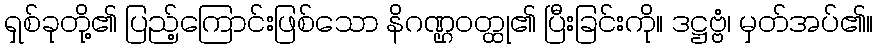
ရှစ်ခုတို့၏ ပြည့်ကြောင်းဖြစ်သော နိဂဏ္ဌဝတ္ထု၏ ပြီးခြင်းကို။ ဒဋ္ဌဗ္ဗံ၊ မှတ်အပ်၏။